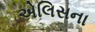
એલિસના